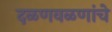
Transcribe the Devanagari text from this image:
दळणवळणांचे